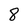
Character: 8